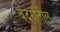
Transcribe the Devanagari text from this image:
बंदरांतील